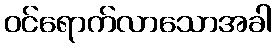
ဝင်ရောက်လာသောအခါ